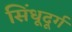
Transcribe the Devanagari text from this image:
सिंधूदूर्ग